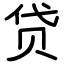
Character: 贷